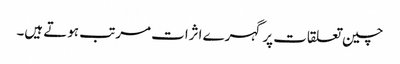
چین تعلقات پر گہرے اثرات مرتب ہوتے ہیں۔